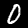
Label: 0